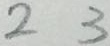
2 3